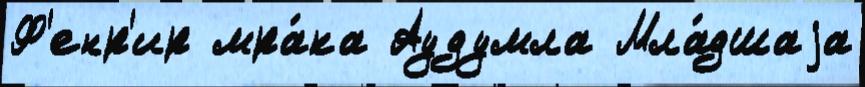
Ф'енр'ир мра́ка Аудумла Мла́дшаjа